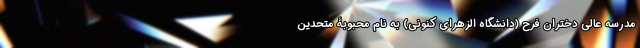
مدرسه عالی دختران فرح (‌دانشگاه الزهرای کنونی) به نام محبوبۀ متحدین